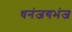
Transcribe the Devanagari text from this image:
धनंजयभंज